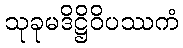
သုခုမဒိဋ္ဌိဝိပဿကံ